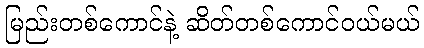
မြည်းတစ်ကောင်နဲ့ ဆိတ်တစ်ကောင်ဝယ်မယ်